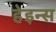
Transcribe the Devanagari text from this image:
हेइन्स